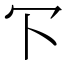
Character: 㓀